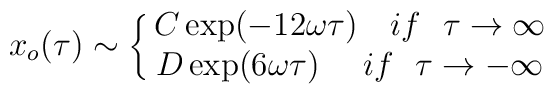
x_{o}(\tau) \sim \left\{ \matrix{C \exp (- 12 \omega \tau) \ \ \ if \ \ \tau \rightarrow \infty \cr D \exp ( 6 \omega \tau) \ \ \ \  if \ \ \tau \rightarrow - \infty \cr} \right.